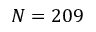
N = 2 0 9